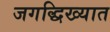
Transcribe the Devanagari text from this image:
जगद्धिख्यात